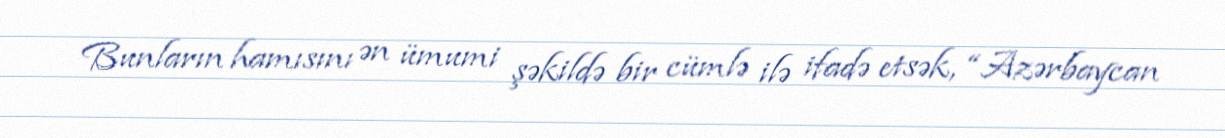
Bunların hamısını ən ümumi şəkildə bir cümlə ilə ifadə etsək, “Azərbaycan